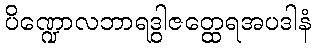
ပိဏ္ဍောလဘာရဒွါဇတ္ထေရအပဒါနံ